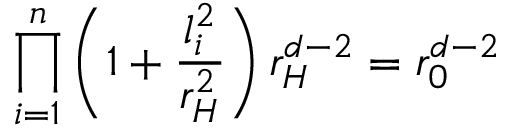
\prod _ { i = 1 } ^ { n } \left( 1 + \frac { l _ { i } ^ { 2 } } { r _ { H } ^ { 2 } } \right) r _ { H } ^ { d - 2 } = r _ { 0 } ^ { d - 2 }